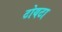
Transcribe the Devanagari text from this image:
टोयटा